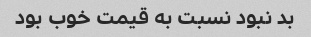
بد نبود نسبت به قیمت خوب بود